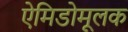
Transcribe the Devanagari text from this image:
ऐमिडोमूलक